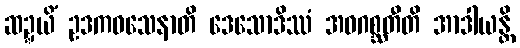
ဆဍ္ဍယိံ ဥဒကဝသေနာတိ ဒေသောဒိဿံ အဝဂစ္ဆတီတိ အာဒါယန္တိ